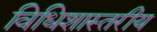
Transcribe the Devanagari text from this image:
विधिशास्तरीय